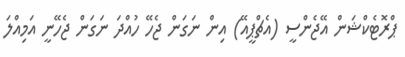
ޕްރޮޓެކްޝަން އޭޖެންސީ (އެޗްޕީއޭ) އިން ނަގަން ޖެހޭ ހުއްދަ ނަގަން ޖެހޭނީ އަމިއްލަ